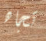
تجاه